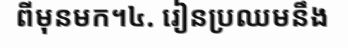
ពីមុនមក។៤. រៀនប្រឈមនឹង